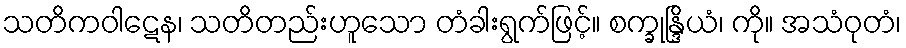
သတိကဝါဋေန၊ သတိတည်းဟူသော တံခါးရွက်ဖြင့်။ စက္ခုန္ဒြိယံ၊ ကို။ အသံဝုတံ၊